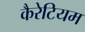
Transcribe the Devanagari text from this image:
कैरेटियम